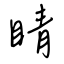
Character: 睛